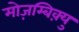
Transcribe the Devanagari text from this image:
मोज़म्बिक़्यु